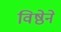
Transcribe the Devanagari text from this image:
विष्ठेने